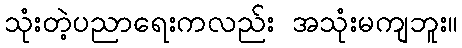
သုံးတဲ့ပညာရေးကလည်း အသုံးမကျဘူး။